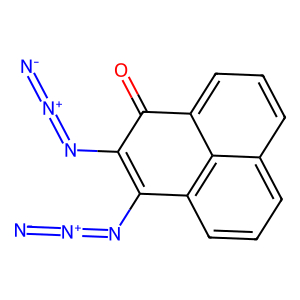
SMILES: [N-]=[N+]=NC1=C(N=[N+]=[N-])c2cccc3cccc(c23)C1=O
Inhibits HIV replication: No